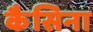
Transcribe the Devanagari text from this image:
कैसिना